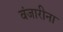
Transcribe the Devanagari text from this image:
वंजारीना